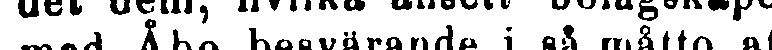
med Åbo besvärande i så måtto, att